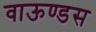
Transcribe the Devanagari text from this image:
वाऊण्डस